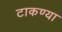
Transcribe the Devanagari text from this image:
टाकण्या